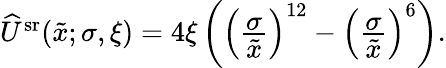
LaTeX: \begin{array}{r}{\widehat{U}^{\mathrm{sr}}(\tilde{x};\sigma,\xi)=4\xi\left(\left(\frac{\displaystyle\sigma}{\displaystyle\tilde{x}}\right)^{12}-\left(\frac{\displaystyle\sigma}{\displaystyle\tilde{x}}\right)^{6}\right).}\end{array}